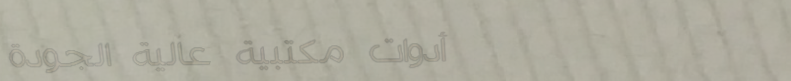
أدوات مكتبية عالية الجودة